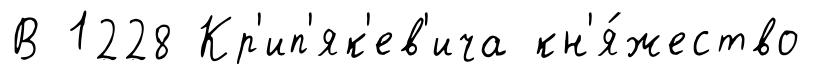
В 1228 Кр'ип'як'ев'ича кн'я́жество